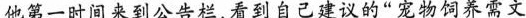
他第一时间来到公告栏，看到自己建议的“宠物饲养需文